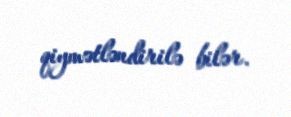
qiymətləndirilə bilər.